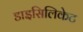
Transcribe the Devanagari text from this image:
डाइसिलिकेट